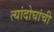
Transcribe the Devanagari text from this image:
त्यांदोघांची